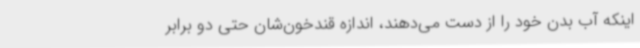
اینکه آب بدن خود را از دست می‌دهند، اندازه قندخون‌شان حتی دو برابر